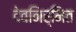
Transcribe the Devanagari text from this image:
देवनिर्मित